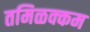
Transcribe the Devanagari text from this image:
तमिळक्कम